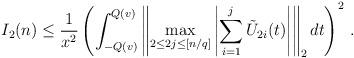
LaTeX: \begin{align*}I_2(n) \leq \frac 1 {x^2} \left ( \int_{-Q(v)}^{Q(v)} \left \| \max_{2 \leq 2j \leq [n/q] } \left | \sum_{i=1}^j \tilde U_{2i} (t) \right |\right \|_2 dt \right )^2 \, .\end{align*}